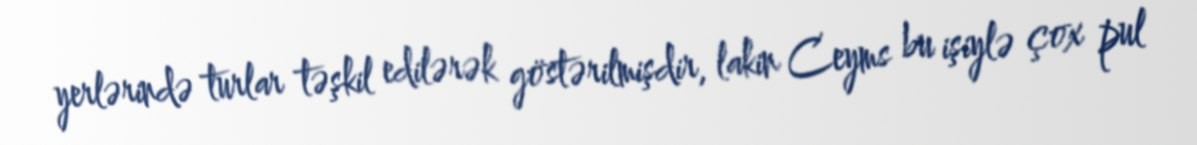
yerlərində turlar təşkil edilərək göstərilmişdir, lakin Ceyms bu işiylə çox pul